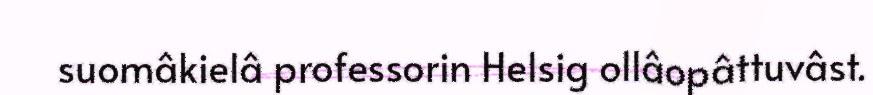
suomâkielâ professorin Helsig ollâopâttuvâst.